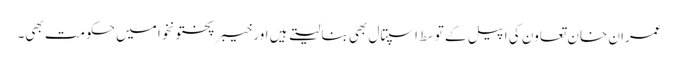
عمران خان تعاون کی اپیل کے توسط اسپتال بھی بنا لیتے ہیں اور خیبر پختونخوا میں حکومت بھی۔